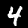
Digit: 4